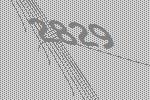
2829